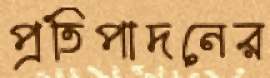
প্রতিপাদনের